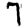
Digit: 7